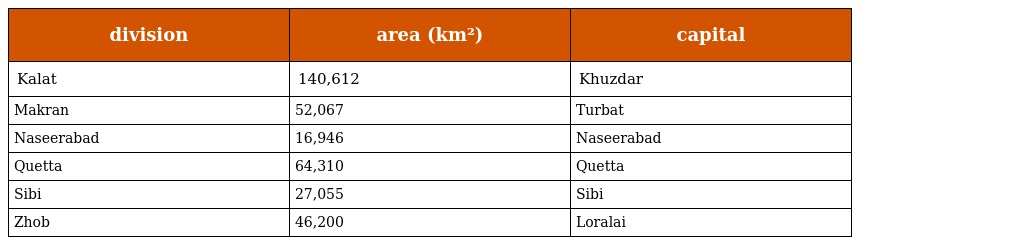
| division | area (km²) | capital |
 | --- | --- | --- |
 | Kalat | 140,612 | Khuzdar |
 | Makran | 52,067 | Turbat |
 | Naseerabad | 16,946 | Naseerabad |
 | Quetta | 64,310 | Quetta |
 | Sibi | 27,055 | Sibi |
 | Zhob | 46,200 | Loralai |